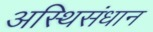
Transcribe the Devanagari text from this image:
अस्थिसंधान